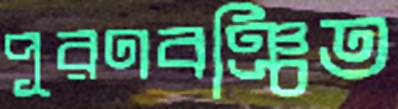
পূরণবঞ্চিত